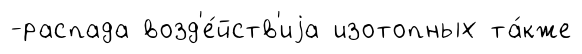
-распада возд'е́йств'иjа изотопных та́кже